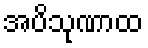
အပိသုဏာထ